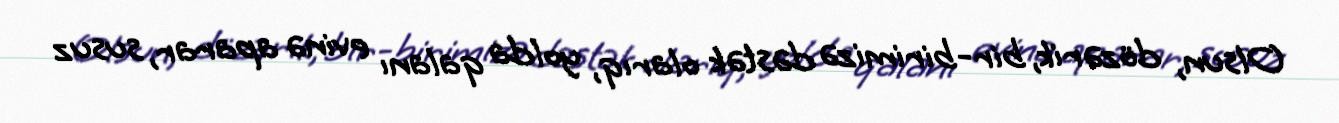
Olsun, dözərik, bir-birimizə dəstək olarıq, yolda qalanı evinə aparar, susuz